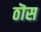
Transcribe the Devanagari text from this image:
ठॊस